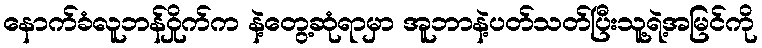
နောက်ခံလူဘန်ဝှိုက်က နဲ့တွေ့ဆုံရာမှာ အူဘာနဲ့ပတ်သတ်ပြီးသူ့ရဲ့အမြင်ကို